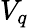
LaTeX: V_{q}